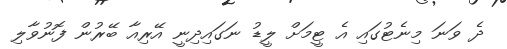
ދެ ވަނަ މިނެޓުގައި އެ ޓީމަށް ލީޑު ނަގައިދިނީ އޭރިއާ ބޭރުން ފޮނުވާލި